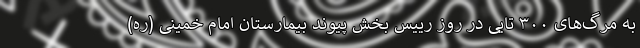
به مرگ‌های ۳۰۰ تایی در روز رییس بخش پیوند بیمارستان امام خمینی (ره)